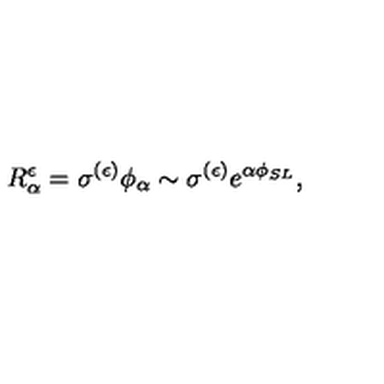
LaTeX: R _ { \alpha } ^ { \epsilon } = \sigma ^ { ( \epsilon ) } \phi _ { \alpha } \sim \sigma ^ { ( \epsilon ) } e ^ { \alpha \phi _ { S L } } ,